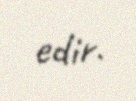
edir.